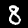
Digit: 8